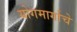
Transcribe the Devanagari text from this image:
योगमार्गाचे